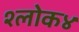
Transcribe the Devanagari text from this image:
श्लोक४